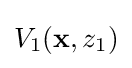
V_{1}(\mathbf {x} ,z_{1})